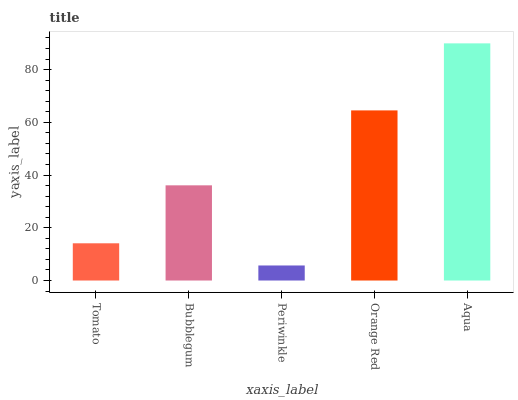
| xaxis_label | bars |
 | --- | --- |
 | Tomato | 14.1 |
 | Bubblegum | 36.1 |
 | Periwinkle | 5.71 |
 | Orange Red | 64.5 |
 | Aqua | 90 |